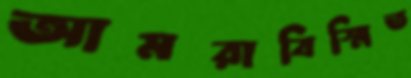
আমরাবিস্মিত